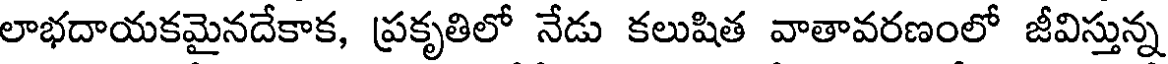
లాభదాయకమైనదేకాక, ప్రకృతిలో నేడు కలుషిత వాతావరణంలో జీవిస్తున్న